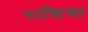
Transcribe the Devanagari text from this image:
राशिचा